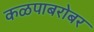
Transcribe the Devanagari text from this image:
कळपाबरोबर